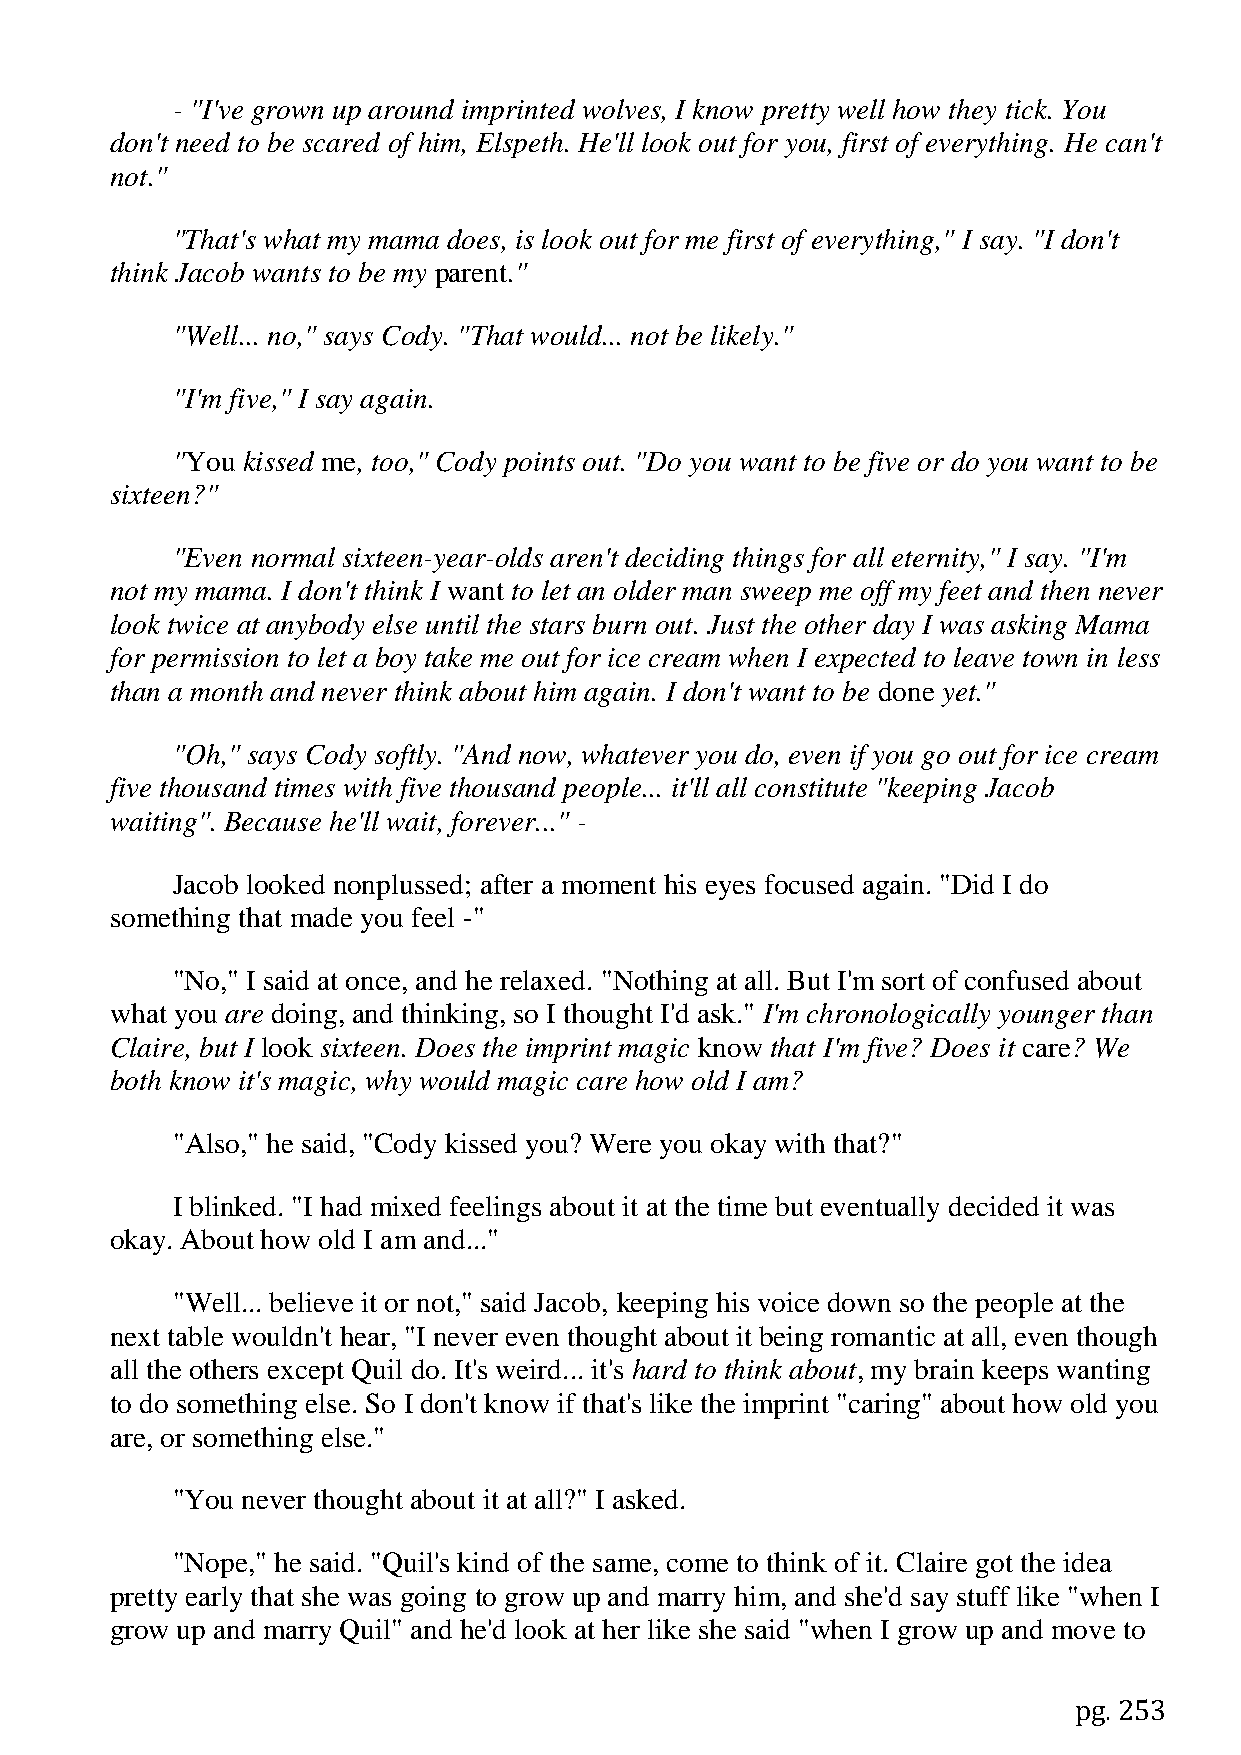
- "I've grown up around imprinted wolves, I know pretty well how they tick. You
 don't need to be scared of him, Elspeth. He'll look out for you, first of everything. He can't
 not."
 "That's what my mama does, is look out for me first of everything," I say. "I don't
 think Jacob wants to be my parent."
 "Well... no," says Cody. "That would... not be likely."
 "I'm five," I say again.
 "You kissed me, too," Cody points out. "Do you want to be five or do you want to be
 sixteen?"
 "Even normal sixteen-year-olds aren't deciding things for all eternity," I say. "I'm
 not my mama. I don't think I want to let an older man sweep me off my feet and then never
 look twice at anybody else until the stars burn out. Just the other day I was asking Mama
 for permission to let a boy take me out for ice cream when I expected to leave town in less
 than a month and never think about him again. I don't want to be done yet."
 "Oh," says Cody softly. "And now, whatever you do, even if you go out for ice cream
 five thousand times with five thousand people... it'll all constitute "keeping Jacob
 waiting". Because he'll wait, forever..." -
 Jacob looked nonplussed; after a moment his eyes focused again. "Did I do
 something that made you feel -"
 "No," I said at once, and he relaxed. "Nothing at all. But I'm sort of confused about
 what you are doing, and thinking, so I thought I'd ask." I'm chronologically younger than
 Claire, but I look sixteen. Does the imprint magic know that I'm five? Does it care? We
 both know it's magic, why would magic care how old I am?
 "Also," he said, "Cody kissed you? Were you okay with that?"
 I blinked. "I had mixed feelings about it at the time but eventually decided it was
 okay. About how old I am and..."
 "Well... believe it or not," said Jacob, keeping his voice down so the people at the
 next table wouldn't hear, "I never even thought about it being romantic at all, even though
 all the others except Quil do. It's weird... it's hard to think about, my brain keeps wanting
 to do something else. So I don't know if that's like the imprint "caring" about how old you
 are, or something else."
 "You never thought about it at all?" I asked.
 "Nope," he said. "Quil's kind of the same, come to think of it. Claire got the idea
 pretty early that she was going to grow up and marry him, and she'd say stuff like "when I
 grow up and marry Quil" and he'd look at her like she said "when I grow up and move to
 pg. 253